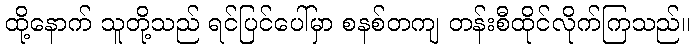
ထို့နောက် သူတို့သည် ရင်ပြင်ပေါ်မှာ စနစ်တကျ တန်းစီထိုင်လိုက်ကြသည်။